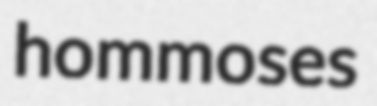
hommoses